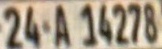
24 A 14278